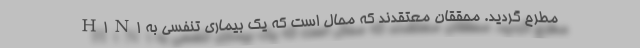
H1N1 مطرح گردید. محققان معتقدند که محال است که یک بیماری تنفسی به